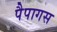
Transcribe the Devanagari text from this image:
पैपागस